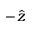
- \hat { z }